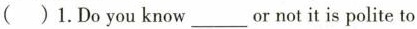
()1.Do you know___or not it is polite to